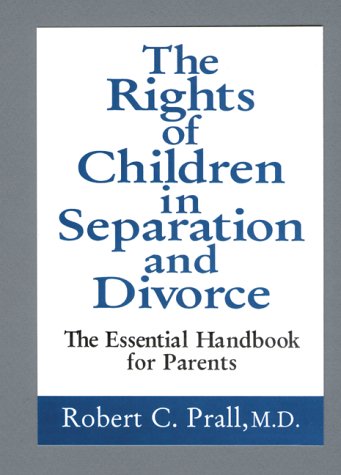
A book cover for The Rights of Children in Separation and Divorce: The Essential Handbook for Parents; Robert C. Prall; Law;